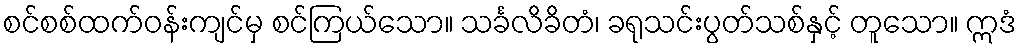
စင်စစ်ထက်ဝန်းကျင်မှ စင်ကြယ်သော။ သင်္ခလိခိတံ၊ ခရုသင်းပွတ်သစ်နှင့် တူသော။ ဣဒံ